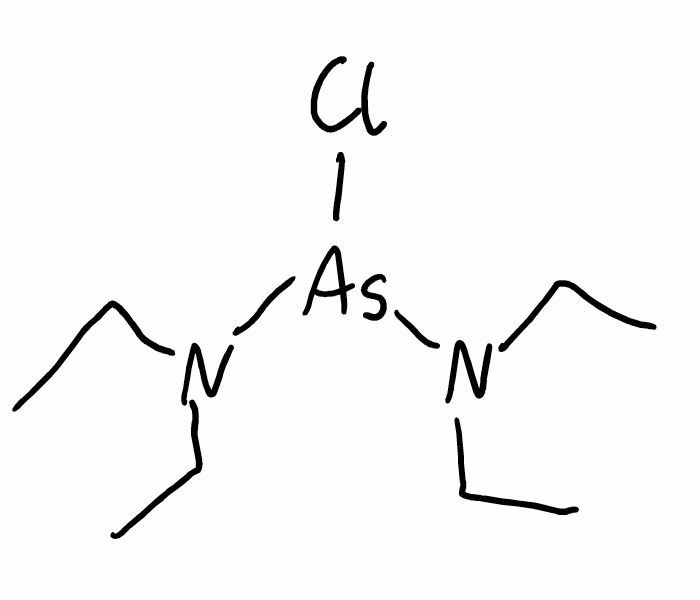
Simplified molecular-input line-entry system (SMILES) notation of the given molecule:
CCN(CC)[As](N(CC)CC)Cl